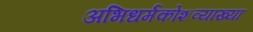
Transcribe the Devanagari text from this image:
अभिधर्मकोशव्याख्या